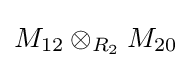
M_{12}\otimes _{R_{2}}M_{20}